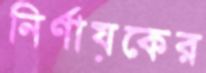
নির্ণায়কের